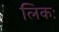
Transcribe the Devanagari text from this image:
लिकः